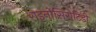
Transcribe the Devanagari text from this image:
राइनोसिरोटिडी